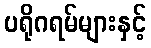
ပရိုဂရမ်များနှင့်